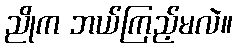
ညိုက ဘယ်ကြည့်မလဲ။